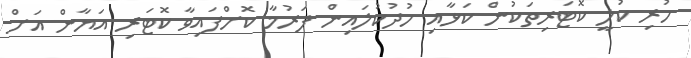
ހުރި ކުލީ ކޮޓަރިތަކުން ކަޅާއި ހުދުކުލައިން ފަރުމާ ކޮށްފައިވާ ކޮޓަރި އަޔާން އަށް